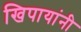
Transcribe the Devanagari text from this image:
खिपायांनी